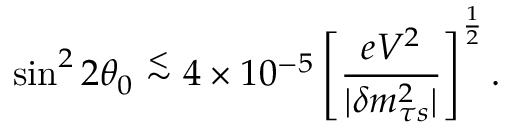
\sin ^ { 2 } 2 \theta _ { 0 } \stackrel { < } { \sim } 4 \times 1 0 ^ { - 5 } \left[ { \frac { e V ^ { 2 } } { | \delta m _ { \tau s } ^ { 2 } | } } \right] ^ { \frac { 1 } { 2 } } .